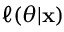
\ell ( \theta | \mathbf x )